Calcutta medical institutions reports 1892-1900
Year: 1892
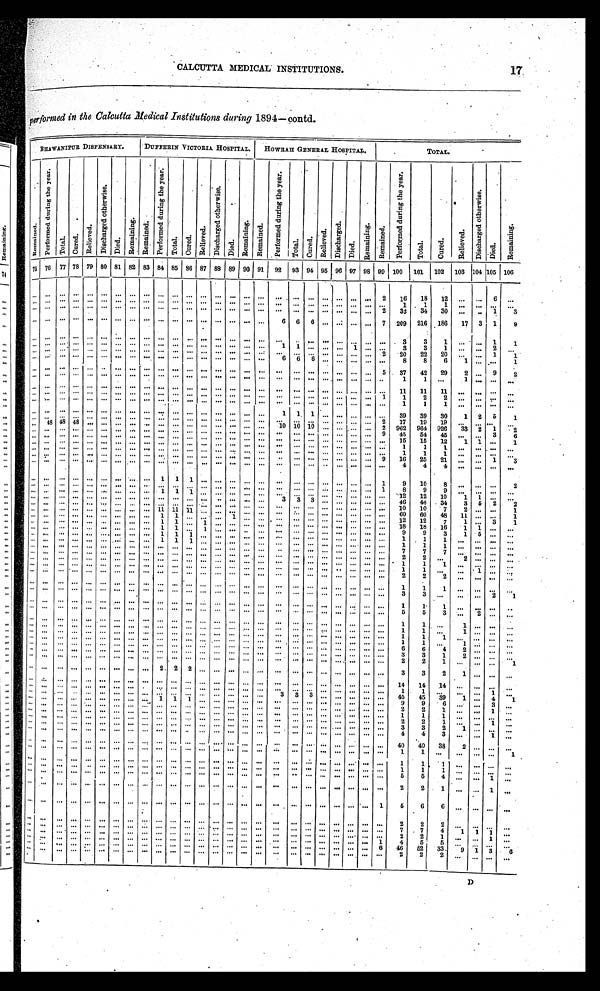
CALCUTTA MEDICAL INSTITUTIONS.
performed in the Calcutta Medical Institutions during 1894—contd.
BHAWANIPUR DISPENSARY.
DUFFERIN VICTORIA HOSPITAL.
HOWRAH GENERAL HOSPITAL.
TOTAL.
R e m a i n e d .
P e r f o r m e d d u r i n g t h e y e a r .
T o t a l .
C u r e d .
R e l i e v e d .
D i s c h a r g e d o t h e r w i s e .
D i e d .
R e m a i n i n g .
R e m a i n e d .
P e r f o r m e d d u r i n g t h e y e a r .
T o t a l .
C u r e d .
Re l i e v e d .
D i s c h a r g e d o t h e r w i s e .
D i e d . R e m a i n i n g .
R e m a i n e d .
P e r f o r m e d d u r i n g t h e y e a r .
Total.
C u r e d .
R e l i e v e d .
D i s c h a r g e d .
D i e d .
R e m a i n i n g .
R e m a i n e d .
P e r f o r m e d d u r i n g t h e y e a r .
T o t a l .
C u r e d .
R e l i e v e d .
D i s c h a r g e d o t h e r w i s e .
D i e d .
R e m a i n i n g .
7 5 76
77 78 79 80 81 82 83 84 85 86 87 88 89 90 91
92 93 94 95 96 97 98 99 100
101
102
103 104 105 106
. . . . . .
. . .
. . .
. . .
. . .
. . .
. . .
. . .
. . .
. . .
. . . . . .
. . .
. . .
. . .
. . .
. . . . . .
. . .
. . .
. . .
. . .
. . . 2
16
18
12
. . .
. . . 6
. . .
. . .
. . .
. . .
. . .
. . .
. . .
. . .
. . .
. . .
. . .
. . .
. . .. . .
. . .
. . .
. . .
. . .
. . .
. . .
. . .
. . .
. . .
. . .
. . .
. . .
1
1
1 . . .
. . .
. . .
. . .
. . .
. . .
. . .
. . .
. . .
. . .
. . .
. . .
. . .
. . .
. . .
. . .. . .
. . .
. . .
. . .
. . .
. . .
. . .
. . .
. . .
. . .
. . .
. . . 2
32
34
30
. . .
. . . 1
3
. . .
. . .
. . .
. . .
. . .
. . .. . . . . . . . . . . . . . .
. . .
. . .
. . .
. . .
. . .
. . .
6
6
6
. . .
. . .
. . .
. . . 7
209
216
186
17
3
1
9
. . . . . .
. . .. . .
. . .
. . . . . .
. . .
. . .
. . .
. . .
. . .
. . .
. . .
. . .
. . .
. . .. . .
. . .. . . . . .
. . .
. . .
. . .
. . .
3
3
1
. . .
. . . 1
1
. . . . . .
. . .
. . .
. . .
. . .
. . .
. . .
. . .
. . .
. . .
. . .
. . .
. . .
. . .
. . .
. . .
1
1
. . .. . .
. . .
1
. . .
. . .
3
3
1
. . .
. . . 2
. . .
. . .
. . .
. . .
. . .
. . .
. . . . . .
. . .
. . .
. . .
. . .
. . .
. . .
. . .
. . .
. . .
. . .
. . .
. . .
. . .. . .
. . .
. . .
. . . 2
20
22
20
. . .
. . . 1
1
. . .
. . .
. . .
. . .
. . .
. . . . . .
. . .
. . .
. . .
. . .
. . .
. . .
. . .. . .
. . .
. . .
6
6
6 . . .
. . .
. . .
. . .
. . .
8
8
6 1
. . .
. . .
1
. . .
. . .
. . .
. . .
. . .
. . . . . .
. . .
. . .
. . .
. . .
. . .
. . .
. . .. . .
. . .
. . .
. . .
. . .
. . .. . .
. . .
. . .
. . .
5
37
42
29
2
. . . 9
2
. . .
. . .
. . .
. . .
. . .
. . . . . .
. . .
. . .
. . .
. . .
. . .
. . .
. . .. . .
. . .
. . .
. . .
. . .
. . .. . .
. . .
. . .
. . .
. . .
1
1
. . .
1
. . .
. . .
. . .
. . .
. . .
. . .
. . .
. . .
. . . . . .
. . .
. . .
. . .
. . .
. . .
. . .
. . .. . .
. . .
. . .
. . .
. . .
. . .. . .
. . .
. . .
. . .
. . .
11
11
11
. . .
. . .
. . .
. . .
. . .
. . .
. . .
. . .
. . .
. . . . . .
. . .
. . .
. . .
. . .
. . .
. . .
. . .. . .
. . .
. . .
. . .
. . .
. . .. . .
. . .
. . .
. . .
1
1
2
2 . . .
. . .
. . .
. . .
. . .
. . .
. . .
. . .
. . .
. . . . . .
. . .
. . .
. . .
. . .
. . .
. . .
. . .. . .
. . .
. . .
. . .
. . .
. . .. . .
. . .
. . .
. . .
. . .
1
1
1 . . .
. . .
. . .
. . .
. . .
. . .
. . .
. . .
. . .
. . . . . .
. . .
. . .
. . .
. . .
. . .
. . .
. . .. . .
. . .
. . .
1
1
1
. . .
. . .
. . .
. . .
. . .
39
39
30
1
2
5
1
. . . . . .
. . .
. . .
. . .
. . . . . .
. . . . . .
. . .
. . .
. . .
. . .
. . .
. . .
. . .
. . .
. . .
. . .
. . . . . .
. . .. . .
. . . 2
17
19
19
. . .
. . .
. . .
. . .
. . .
48 48 48
. . .
. . .
. . .
. . . . . .
. . .
. . .
. . . . . . . . .
. . . . . .
. . .
10 10 10
. . .
. . .
. . .
. . .
2
962
964
926
3 3
2
1
2
. . .
. . .
. . .
. . .
. . .
. . .
. . .
. . .. . .
. . .
. . .
. . .. . . . . .
. . .
. . .
. . .
. . .
. . .
. . .
. . .
. . .
. . .
. . .
9
45
54
45
. . .
. . . 3
6
. . .
. . .
. . .
. . .
. . .
. . .
. . .
. . .. . .
. . .
. . .
. . .. . . . . .
. . .
. . .
. . .
. . .
. . .
. . .
. . .
. . .
. . .
. . .
. . .
15
15
12
1
1
. . .
1
. . .
. . .
. . .
. . .
. . .
. . .
. . .
. . .. . .
. . .
. . .
. . .. . . . . .
. . .
. . .
. . .
. . .
. . .
. . .
. . .
. . .
. . .
. . .
. . .
1
1
1
. . .
. . .
. . .
. . .
. . .
. . .
. . .
. . .
. . .
. . .
. . .
. . .. . .
. . .
. . .
. . .. . . . . .
. . .
. . .
. . .
. . .
. . .
. . .
. . .
. . .
. . .
. . .
. . .
1
1
1
. . .
. . .
. . .
. . .
. . .
. . .
. . .
. . .
. . .
. . .
. . .
. . .. . .
. . .
. . .
. . .. . . . . .
. . .
. . .
. . .
. . .
. . .
. . .
. . .
. . .
. . .
. . . 9
16
25
21
. . .
. . . 1
3
. . .
. . .
. . .
. . .
. . .
. . .
. . .
. . .. . .
. . .
. . .
. . .. . . . . .
. . .
. . .
. . .
. . .
. . .
. . .
. . .
. . .
. . .
. . .
. . .
4
4
4 . . .
. . .
. . .
. . .
. . .
. . .
. . .
. . .
. . .
. . .
. . .
. . .. . .
1
1
1 . . . . . .
. . .
. . .
. . .
. . .
. . .
. . .
. . .
. . .
. . .
. . .
1
9
10
8
. . .
. . .
. . .
2
. . .
. . .
. . .
. . .
. . .
. . .
. . .
. . .. . .
. . .
. . .
. . .. . . . . .
. . .
. . .
. . .
. . .
. . .
. . .
. . .
. . .
. . .
. . .
1
8
9
9
. . .
. . .
. . .
. . .
. . .
. . .
. . .
. . .
. . .
. . .
. . .
. . .. . .
1
1
1 . . . . . .
. . .
. . .
. . .
. . .
. . .
. . .
. . .
. . .
. . .
. . .
. . .
1 2
1 2
1 0
1
1
. . .
. . .
. . .
. . .
. . .
. . .
. . .
. . .
. . .
. . .. . .
. . .
. . .
. . .. . . . . .
. . .
. . .
. . .
3
3
3
. . .
. . .
. . .
. . .
. . .
46
46
34
3
5
2
2
. . .
. . .
. . .
. . .
. . .
. . .
. . .
. . .
. . .
. . .
. . .
. . . . . . . . .
. . .
. . .
. . .
. . .
. . .. . . . . .
. . .
. . .
. . .
. . .
1 0
10
7
2
. . .
. . .
1
. . .
. . .
. . .
. . .
. . .
. . .
. . .
. . . . . .
1 1
1 1
1 1 . . . . . .
. . .
. . .
. . .. . .
. . .
. . .. . .
. . .
. . .
. . .
. . .
6 0
6 0
4 8
11
. . .
. . .
1
. . .
. . .
. . .
. . .
. . .
. . .
. . .
. . .. . .
1
1
. . . . . . . . .
1
. . .
. . .. . .
. . .
. . .. . .
. . .
. . .
. . .
. . .
1 2
1 2
7
1 . . .
3
1
. . .
. . .
. . .
. . .
. . .
. . .
. . .
. . .. . .
1
1
. . . 1
. . .
. . .
. . .
. . .. . .
. . .
. . .. . .
. . .
. . .
. . .
. . .
1 8
1 8
1 6
1
1
. . .
. . .
. . .
. . .
. . .
. . .
. . .
. . .
. . .
. . . . . .
1
1
. . . 1
. . .
. . .
. . .
. . .. . .
. . .
. . .. . .
. . .
. . .
. . .
. . .
9
9
3 1
5
. . .
. . .
. . .
. . .
. . .
. . .
. . .
. . .
. . .
. . . . . . 1
1
1 . . . . . .
. . .
. . .
. . .
. . .
. . .
. . .. . .
. . .
. . .
. . .
. . .
1
1
1 . . .
. . .
. . .
. . .
. . .
. . .
. . .
. . .
. . .
. . .
. . .
. . . . . .
1
1
1 . . . . . .
. . .
. . .
. . .
. . .
. . .
. . . . . .
. . .
. . .
. . .
. . .
1
1
1 . . .
. . .
. . .
. . .
. . .
. . .
. . .
. . .
. . .
. . .
. . .
. . .. . .
. . .
. . .
. . . . . . . . .
. . .
. . .
. . .
. . .
. . .
. . . . . .
. . .
. . .
. . .
. . .
7
7
7 . . .
. . .
. . .
. . .
. . .
. . .
. . .
. . .
. . .
. . .
. . .
. . .. . .
. . .
. . .
. . . . . . . . .
. . .
. . .
. . .
. . .
. . .
. . .. . .
. . .
. . .
. . .
. . .
2
2
. . .
2
. . .
. . .
. . .
. . .
. . .
. . .
. . .
. . .
. . .
. . .
. . .. . .
. . .
. . .
. . . . . . . . .
. . .
. . .
. . .
. . .
. . .
. . .. . .
. . .
. . .
. . .
. . .
1
1
1 . . .
. . .
. . .
. . .
. . .
. . .
. . .
. . .
. . .
. . .
. . .
. . .. . .
. . .
. . .
. . . . . . . . .
. . .
. . .
. . .
. . .
. . .
. . .. . .
. . .
. . .
. . .
. . .
1
1
. . . . . .
1
. . .
. . .
. . .
. . .
. . .
. . .
. . .
. . .
. . .
. . . . . .
. . .
. . .
. . . . . . . . .
. . .
. . .
. . .
. . .
. . .
. . . . . .
. . .
. . .
. . .
. . .
2
2
2
. . .
. . . . . .
. . .
. . . . . .
. . .
. . .
. . .
. . .
. . .
. . . . . .
. . .
. . .
. . . . . . . . .
. . .
. . .
. . .
. . .
. . .
. . . . . .
. . .
. . .
. . .
. . .
1
1
1
. . .
. . .
. . .
. . .
. . .
. . .
. . .
. . .
. . .
. . .
. . .
. . . . . .
. . .
. . .
. . . . . . . . .
. . .
. . .
. . .
. . .
. . .
. . . . . .
. . .
. . .
. . .
. . .
3
3
. . .
. . .
. . . 2
1
. . .
. . .
. . .
. . .
. . .
. . .
. . .
. . .. . .
. . .
. . .
. . . . . . . . .
. . .
. . .
. . .
. . .
. . .
. . .. . .
. . .
. . .
. . .
. . .
1
1
1
. . .
. . .
. . .
. . .
. . .
. . .
. . .
. . .
. . .
. . .
. . .
. . .. . .
. . .
. . .
. . . . . . . . .
. . .
. . .
. . .
. . .
. . .
. . .. . .
. . .
. . .
. . .
. . .
5
5
3
. . .
2
. . .
. . .
. . .
. . .
. . .
. . .
. . .
. . .
. . .
. . .. . .
. . .
. . .
. . . . . . . . .
. . .
. . .
. . .
. . .
. . .
. . .. . .
. . .
. . .
. . .
. . .
1
1
. . .
1
. . .
. . .
. . .
. . .
. . .
. . .
. . .
. . .
. . .
. . .
. . . . . .
. . .
. . .
. . . . . . . . .
. . .
. . .
. . .
. . .
. . .
. . . . . .
. . .
. . .
. . .
. . .
1
1
. . .
1
. . .
. . .
. . .
. . .
. . .
. . .
. . .
. . .
. . .
. . .
. . . . . .
. . .
. . .
. . . . . . . . .
. . .
. . .
. . .
. . .
. . .
. . . . . .
. . .
. . .
. . .
. . .
1
1
1
. . .
. . .
. . .
. . .
. . .
. . .
. . .
. . .
. . .
. . .
. . .
. . . . . .
. . .
. . .
. . . . . . . . .
. . .
. . .
. . .
. . .
. . .
. . . . . .
. . .
. . .
. . .
. . .
1
1
. . .
1
. . .
. . .
. . .
. . .
. . .
. . .
. . .
. . .
. . .
. . .
. . . . . .
. . .
. . .
. . . . . . . . .
. . .
. . .
. . .
. . .
. . .
. . . . . .
. . .
. . .
. . .
. . .
6
6
4
2
. . .
. . .
. . .
. . .
. . .
. . .
. . .
. . .
. . .
. . .
. . .. . .
. . .
. . .
. . . . . . . . .
. . .
. . .
. . .
. . .
. . .
. . .. . .
. . .
. . .
. . .
. . .
3
3
1
2
. . .
. . .
. . .
. . .
. . .
. . .
. . .
. . .
. . .
. . .
. . .. . .
. . .
. . .
. . . . . . . . .
. . .
. . .
. . .
. . .
. . .
. . .. . .
. . .
. . .
. . .
. . .
2
2
1
. . .
. . .
. . .
1
. . .
. . .
. . .
. . .
. . .
. . .
. . .
. . .. . .
2
2
2 . . . . . .
. . .
. . .
. . .
. . .
. . .
. . .. . .
. . .
. . .
. . .
. . .
3
3
2
1
. . .
. . .
. . .
. . .
. . .
. . .
. . .
. . .
. . .
. . .
. . .. . .
. . .
. . .
. . . . . . . . .
. . .
. . .
. . .
. . .
. . .
. . .. . .
. . .
. . .
. . .
. . .
1 4
1 4
1 4
. . .
. . .
. . .
. . .
. . .
. . .
. . .
. . .
. . .
. . .
. . .
. . . . . .
. . .
. . .
. . . . . . . . .
. . .
. . .
. . .
. . .
. . .
. . . . . .
. . .
. . .
. . .
. . .
1
1
. . .
. . .
. . . 1
. . .
. . .
. . .
. . .
. . .
. . .
. . .
. . .
. . . . . .
. . .
. . .
. . . . . . . . .
. . .
. . .
. . .
3
3
3 . . .
. . .
. . .
. . .
. . .
45
45
39
1
. . . 4
1
. . .
. . .
. . .
. . .
. . .
. . .
. . .
. . .. . .
1
1
1 . . . . . .
. . .
. . .
. . .. . .
. . .
. . .. . .
. . .
. . .
. . .
. . .
9
9
6 . . .
. . . 3
. . .
. . .
. . .
. . .
. . .
. . .
. . .
. . .
. . . . . .
. . .
. . .
. . . . . . . . .
. . .
. . .
. . .
. . .
. . .
. . . . . .
. . .
. . .
. . .
. . .
2
2
1
. . .
. . . 1
. . .
. . .
. . .
. . .
. . .
. . .
. . .
. . .
. . .. . .
. . .
. . .
. . .. . . . . .
. . .
. . .
. . .. . .
. . .
. . .. . .
. . .
. . .
. . .
. . .
1
1
1
. . .
. . .
. . .
. . .
. . .
. . .
. . .
. . .
. . .
. . .
. . .
. . .. . .
. . .
. . .
. . .. . . . . .
. . .
. . .
. . .. . .
. . .
. . .. . .
. . .
. . .
. . .
. . .
2
2
1
. . .
. . .
1
. . .
. . .
. . .
. . .
. . .
. . .
. . .
. . .. . . . . .
. . .
. . .
. . .. . . . . .
. . .
. . .
. . .. . .
. . .
. . .. . .
. . .
. . .
. . .
. . .
3
3
2
1
. . .
. . .
. . .
. . .
. . .
. . .
. . .
. . .
. . .
. . .
. . .. . .
. . .
. . .
. . .. . . . . .
. . .
. . .
. . .. . .
. . .
. . .. . .
. . .
. . .
. . .
. . .
4
4
3
. . .
. . .
1
. . .
. . .
. . .
. . .
. . .
. . .
. . .
. . .
. . .
. . .
. . .
. . .
. . .. . . . . .
. . .
. . .
. . .. . .
. . .
. . .. . .
. . .
. . .
. . .
. . .
40
40
38
2
. . .
. . .
. . .
. . .
. . .
. . .
. . .
. . .
. . .
. . .
. . .
. . .
. . .
. . .
. . .. . . . . .
. . .
. . .
. . .. . .
. . .
. . .. . .
. . .
. . .
. . .
. . .
1
1
. . .
. . .
. . .
. . .
1
. . .
. . .
. . .
. . .
. . .
. . .
. . .
. . .
. . .
. . .
. . .. . . . . . . . .
. . .
. . .
. . .. . .
. . .
. . . . . .
. . .
. . .
. . .
. . .
1
1
1
. . .
. . .
. . .
. . .
. . .
. . .
. . .
. . .
. . .
. . .
. . .
. . .
. . .
. . .
. . .
. . .. . . . . .
. . .
. . .
. . .. . .
. . .
. . .. . .
. . .
. . .
. . .
. . .
1
1
1
. . .
. . .
. . .
. . .
. . .
. . .
. . .
. . .
. . .
. . .
. . .
. . .
. . .
. . .
. . .
. . .. . . . . .
. . .
. . .
. . .. . .
. . .
. . .. . .
. . .
. . .
. . .
. . .
5
5
4
. . .
. . .
1
. . .
. . .
. . .
. . .
. . .
. . .
. . .
. . .
. . .
. . .
. . .
. . .
. . .. . . . . .
. . .
. . .
. . .. . .
. . .
. . .. . .
. . .
. . .
. . .
. . .
2
2
1
. . .
. . .
1
. . .
. . .
. . .
. . .
. . .
. . .
. . .
. . .
. . .
. . .
. . .
. . .
. . .. . . . . .
. . .
. . .
. . .. . .
. . .
. . .. . .
. . .
. . .
. . .
1
5
6
6
. . .
. . .
. . .
. . .
. . .
. . .
. . .. . .
. . .
. . .
. . .
. . .
. . .
. . .
. . .
. . .. . . . . .
. . .
. . .
. . .. . .
. . .
. . .. . .
. . .
. . .
. . .
. . .
2
2
2
. . .
. . .
. . .
. . .
. . .
. . .
. . .
. . .
. . .
. . .
. . .
. . .
. . .
. . .
. . .
. . .. . . . . .
. . .
. . .
. . .. . .
. . .
. . .. . .
. . .
. . .
. . .
. . .
7
7
4
1
1
1
. . .
. . .
. . .
. . .
. . .
. . .
. . .
. . .
. . .
. . .
. . .
. . .
. . .. . . . . .
. . .
. . .
. . .. . .
. . .
. . .. . .
. . .
. . .
. . .
. . .
2
2
1
. . .
. . .
1
. . .
. . .
. . .
. . .
. . .
. . .
. . .
. . .
. . .
. . .
. . .
. . .
. . . . . . . . .
. . .
. . .
. . . . . .
. . .
. . .. . .
. . .
. . .
. . .
1
4
5
5 . . .
. . .
. . .
. . .
. . .
. . .
. . .
. . .
. . .
. . .
. . .
. . .
. . .
. . .
. . .
. . .. . . . . .
. . .
. . .
. . .. . .
. . .
. . .. . .
. . .
. . .
. . .
6
4 6
5 2
3 3
9
1
3
6
. . .
. . .
. . .
. . .. . . . . . . . . . . .
. . .. . .
. . .
. . .. . . . . . . . .
. . .
. . .. . .
. . . . . . . . .
. . .
. . .. . . . . .
2
2
2
. . .
. . .
. . .
. . .
o